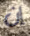
إن